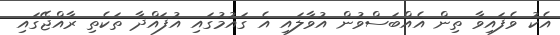
އެކު ވެފައިވާ ތިން އެއްބަސްވުން އުވާލައި އެ ގައުމުގައި އުފައްދާ ތަކެތި ރާއްޖޭގައި